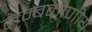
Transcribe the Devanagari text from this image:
लम्बकोणीय